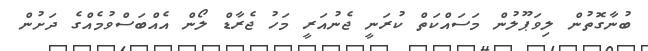
ބުނާގޮތުން ލިވަޕޫލުން މަސައްކަތް ކުރަނީ ޖެނުއަރީ މަހު ޖެރާޑް ލޯން އެއްބަސްވުމެއްގެ ދަށުން